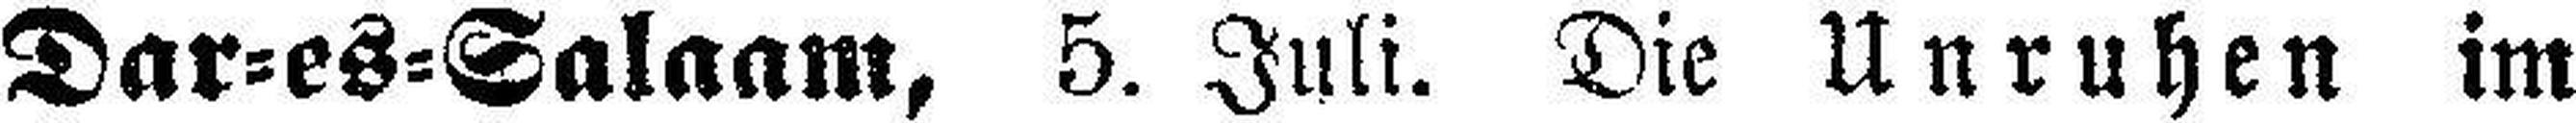
Dar=es=Salaam, 5. Juli. Die Unruhen im